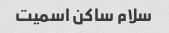
سلام ساکن اسمیت